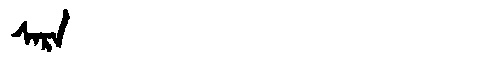
Manchu: ᠰᠠᡵᠠ
Romanization: SARA